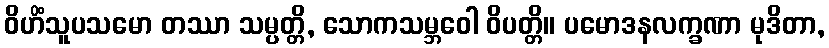
ဝိဟိံသူပသမော တဿာ သမ္ပတ္တိ, သောကသမ္ဘဝေါ ဝိပတ္တိ။ ပမောဒနလက္ခဏာ မုဒိတာ,